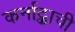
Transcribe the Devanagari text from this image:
कर्नाट्काची